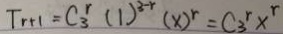
T _ { r + 1 } = C _ { 3 } ^ { r } ( 1 ) ^ { 3 - r } ( x ) ^ { r } = C _ { 3 } ^ { r } x ^ { r }